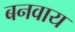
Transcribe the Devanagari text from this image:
बनवाय